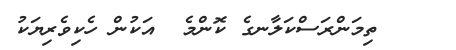
ތިމަންރަސްކަލާނގެ ކޮންމެ  އަކުން ހެކިވެރިޔަކު